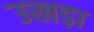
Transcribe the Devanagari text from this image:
उखड़ा